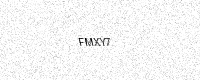
Text: FMXY7